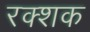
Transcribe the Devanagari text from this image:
रक्शक